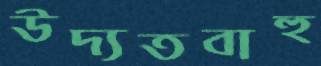
উদ্যতবাহু